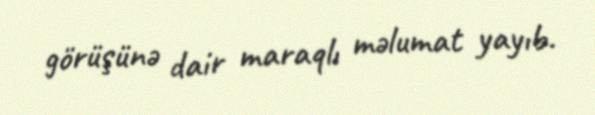
görüşünə dair maraqlı məlumat yayıb.